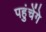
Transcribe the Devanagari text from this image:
पहुंचेंगे